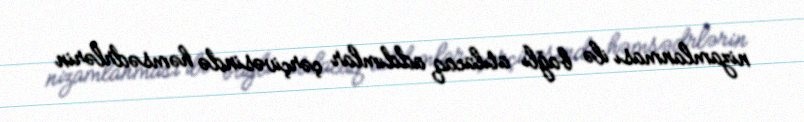
nizamlanması ilə bağlı atılacaq addımlar çərçivəsində həmsədrlərin